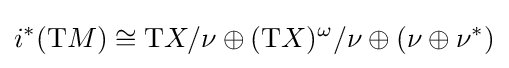
i^{*}(\mathrm {T} M)\cong \mathrm {T} X/\nu \oplus (\mathrm {T} X)^{\omega }/\nu \oplus (\nu \oplus \nu ^{*})